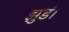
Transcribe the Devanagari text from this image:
झुडं।